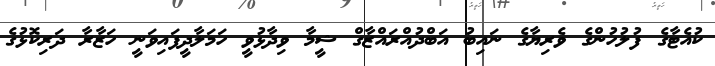
ކުއެޓާގެ ފުލުހުންގެ ވެރިޔާގެ ނައިބު އަބްދުއްރައްޒާގް ޝީމާ ވިދާޅުވީ ހަމަލާދީފައިވަނީ ހަޒާރާ ދަރިކޮޅުގެ